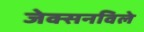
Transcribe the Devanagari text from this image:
जेक्सनविले